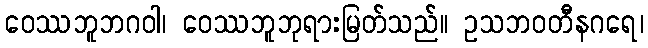
ဝေဿဘူဘဂဝါ၊ ဝေဿဘူဘုရားမြတ်သည်။ ဥသဘဝတီနဂရေ၊